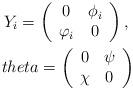
LaTeX: \begin{align*}Y_i=\left(\begin{array}{cc}0 & \phi_i \\ \varphi_i & 0 \end{array}\right), \ \\theta=\left(\begin{array}{cc}0 & \psi \\ \chi & 0 \end{array}\right)\end{align*}